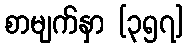
စာမျက်နှာ [၃၅၇]